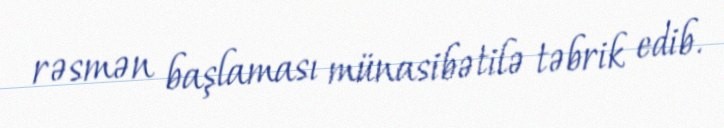
rəsmən başlaması münasibətilə təbrik edib.